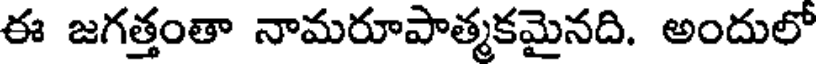
ఈ జగత్తంతా నామరూపాత్మకమైనది. అందులో